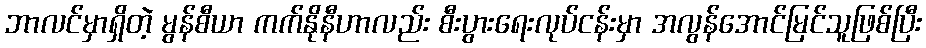
ဘာလင်မှာရှိတဲ့ မွန်စီယာ ကက်နိုနီဟာလည်း စီးပွားရေးလုပ်ငန်းမှာ အလွန်အောင်မြင်သူဖြစ်ပြီး